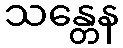
သန္တေန